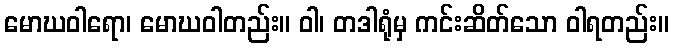
မောဃဝါရော၊ မောဃဝါတည်း။ ဝါ၊ တဒါရုံမှ ကင်းဆိတ်သော ဝါရတည်း။